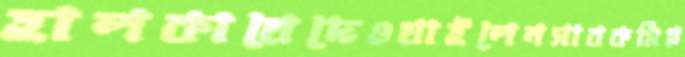
হালকায়েদেওয়াইলেনসাবকমিট